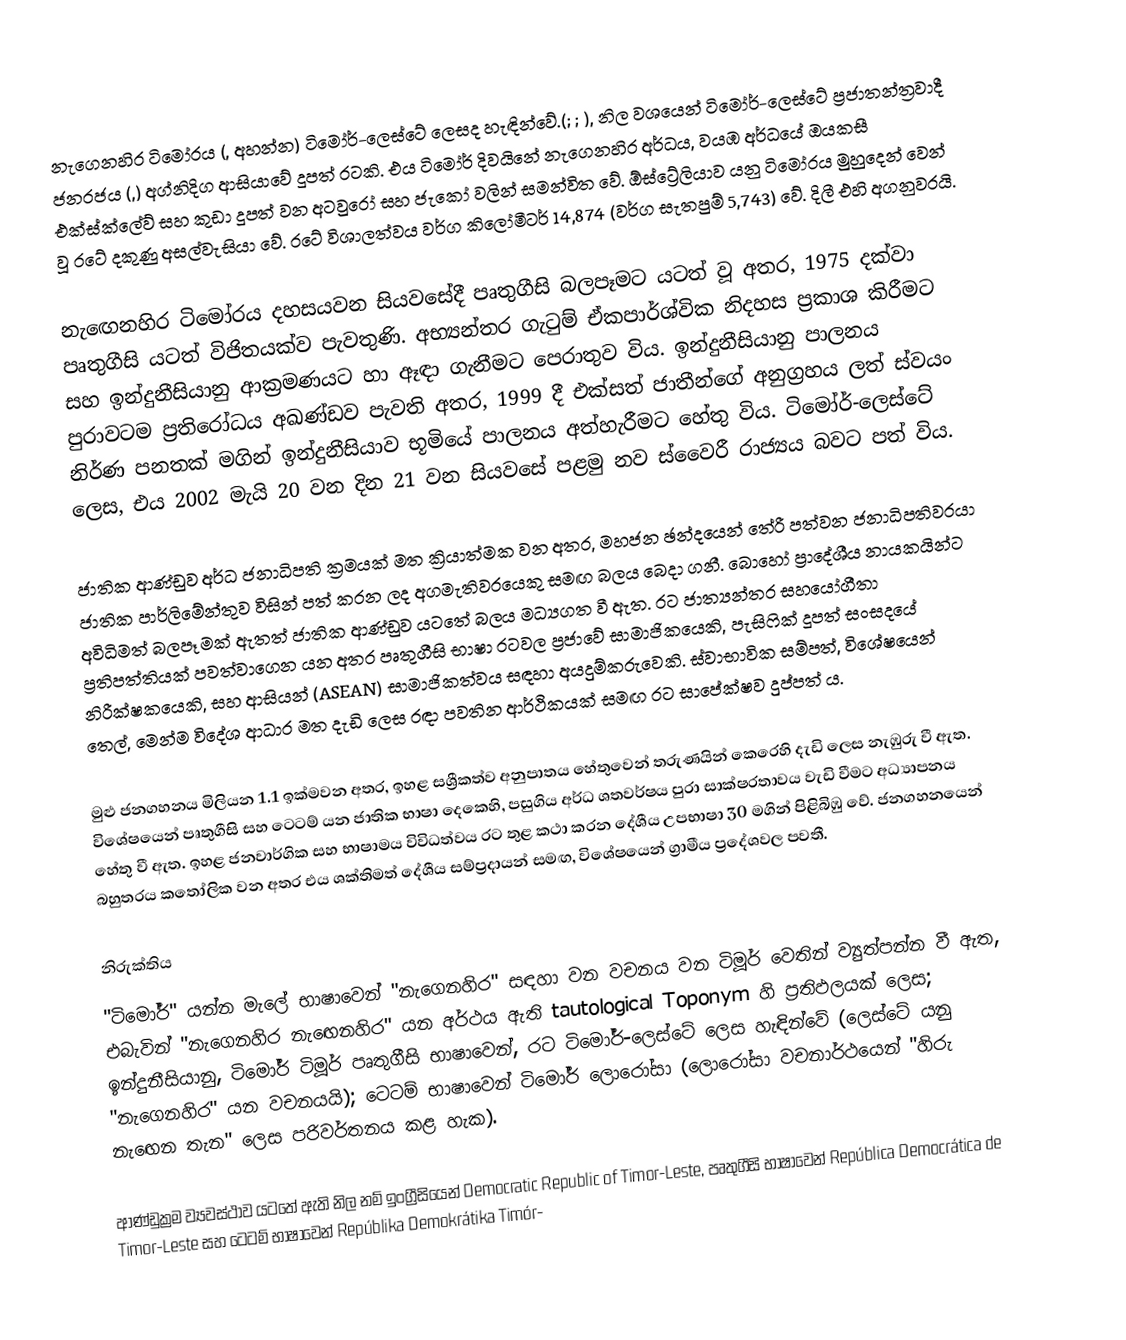
නැගෙනහිර ටිමෝරය (, අහන්න) ටිමෝර්-ලෙස්ටේ ලෙසද හැඳින්වේ.(; ; ), නිල වශයෙන් ටිමෝර්-ලෙස්ටේ ප්‍රජාතන්ත්‍රවාදී ජනරජය (,) අග්නිදිග ආසියාවේ දූපත් රටකි. එය ටිමෝර් දිවයිනේ නැගෙනහිර අර්ධය, වයඹ අර්ධයේ ඔයකසී එක්ස්ක්ලේව් සහ කුඩා දූපත් වන අටවුරෝ සහ ජැකෝ වලින් සමන්විත වේ. ඕස්ට්‍රේලියාව යනු ටිමෝරය මුහුදෙන් වෙන් වූ රටේ දකුණු අසල්වැසියා වේ. රටේ විශාලත්වය වර්ග කිලෝමීටර් 14,874 (වර්ග සැතපුම් 5,743) වේ. දිලී එහි අගනුවරයි.

නැඟෙනහිර ටිමෝරය දහසයවන සියවසේදී පෘතුගීසි බලපෑමට යටත් වූ අතර, 1975 දක්වා පෘතුගීසි යටත් විජිතයක්ව පැවතුණි. අභ්‍යන්තර ගැටුම් ඒකපාර්ශ්වික නිදහස ප්‍රකාශ කිරීමට සහ ඉන්දුනීසියානු ආක්‍රමණයට හා ඈඳා ගැනීමට පෙරාතුව විය. ඉන්දුනීසියානු පාලනය පුරාවටම ප්‍රතිරෝධය අඛණ්ඩව පැවති අතර, 1999 දී එක්සත් ජාතීන්ගේ අනුග්‍රහය ලත් ස්වයං නිර්ණ පනතක් මගින් ඉන්දුනීසියාව භූමියේ පාලනය අත්හැරීමට හේතු විය. ටිමෝර්-ලෙස්ටේ ලෙස, එය 2002 මැයි 20 වන දින 21 වන සියවසේ පළමු නව ස්වෛරී රාජ්‍යය බවට පත් විය.

ජාතික ආණ්ඩුව අර්ධ ජනාධිපති ක්‍රමයක් මත ක්‍රියාත්මක වන අතර, මහජන ඡන්දයෙන් තේරී පත්වන ජනාධිපතිවරයා ජාතික පාර්ලිමේන්තුව විසින් පත් කරන ලද අගමැතිවරයෙකු සමඟ බලය බෙදා ගනී. බොහෝ ප්‍රාදේශීය නායකයින්ට අවිධිමත් බලපෑමක් ඇතත් ජාතික ආණ්ඩුව යටතේ බලය මධ්‍යගත වී ඇත. රට ජාත්‍යන්තර සහයෝගීතා ප්‍රතිපත්තියක් පවත්වාගෙන යන අතර පෘතුගීසි භාෂා රටවල ප්‍රජාවේ සාමාජිකයෙකි, පැසිෆික් දූපත් සංසදයේ නිරීක්ෂකයෙකි, සහ ආසියන් (ASEAN) සාමාජිකත්වය සඳහා අයදුම්කරුවෙකි. ස්වාභාවික සම්පත්, විශේෂයෙන් තෙල්, මෙන්ම විදේශ ආධාර මත දැඩි ලෙස රඳා පවතින ආර්ථිකයක් සමඟ රට සාපේක්ෂව දුප්පත් ය.

මුළු ජනගහනය මිලියන 1.1 ඉක්මවන අතර, ඉහළ සශ්‍රීකත්ව අනුපාතය හේතුවෙන් තරුණයින් කෙරෙහි දැඩි ලෙස නැඹුරු වී ඇත. විශේෂයෙන් පෘතුගීසි සහ ටෙටම් යන ජාතික භාෂා දෙකෙහි, පසුගිය අර්ධ ශතවර්ෂය පුරා සාක්ෂරතාවය වැඩි වීමට අධ්‍යාපනය හේතු වී ඇත. ඉහළ ජනවාර්ගික සහ භාෂාමය විවිධත්වය රට තුළ කථා කරන දේශීය උපභාෂා 30 මගින් පිළිබිඹු වේ. ජනගහනයෙන් බහුතරය කතෝලික වන අතර එය ශක්තිමත් දේශීය සම්ප්‍රදායන් සමඟ, විශේෂයෙන් ග්‍රාමීය ප්‍රදේශවල පවතී.

නිරුක්තිය
"ටිමෝර්" යන්න මැලේ භාෂාවෙන් "නැගෙනහිර" සඳහා වන වචනය වන ටිමූර් වෙතින් ව්‍යුත්පන්න වී ඇත, එබැවින් "නැගෙනහිර නැඟෙනහිර" යන අර්ථය ඇති tautological Toponym හි ප්‍රතිඵලයක් ලෙස; ඉන්දුනීසියානු, ටිමෝර් ටිමූර් පෘතුගීසි භාෂාවෙන්, රට ටිමෝර්-ලෙස්ටේ ලෙස හැඳින්වේ (ලෙස්ටේ යනු "නැගෙනහිර" යන වචනයයි); ටෙටම් භාෂාවෙන් ටිමෝර් ලොරෝසා (ලොරෝසා වචනාර්ථයෙන් "හිරු නැඟෙන තැන" ලෙස පරිවර්තනය කළ හැක).

ආණ්ඩුක්‍රම ව්‍යවස්ථාව යටතේ ඇති නිල නම් ඉංග්‍රීසියෙන් Democratic Republic of Timor-Leste, පෘතුගීසි භාෂාවෙන් República Democrática de Timor-Leste සහ ටෙටම් භාෂාවෙන් Repúblika Demokrátika Timór-